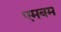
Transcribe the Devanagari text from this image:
एमबम